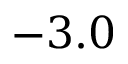
- 3 . 0